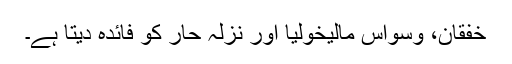
خفقان، وسواس مالیخولیا اور نزلہ حار کو فائدہ دیتا ہے۔